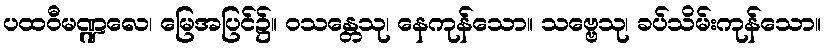
ပထဝီမဏ္ဍလေ၊ မြေအပြင်၌။ ဝသန္တေသု၊ နေကုန်သော။ သဗ္ဗေသု၊ ခပ်သိမ်းကုန်သော။